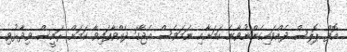
އޮފް ޕޮލިސް ދެއްވައިގެންނުވާނެ ކަމަށާއި ނަމަވެސް އެޖާގަ ދެއްވާފައިވާ ކަމަށް ރައީސް ވިދާޅުވި